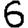
Digit: 6